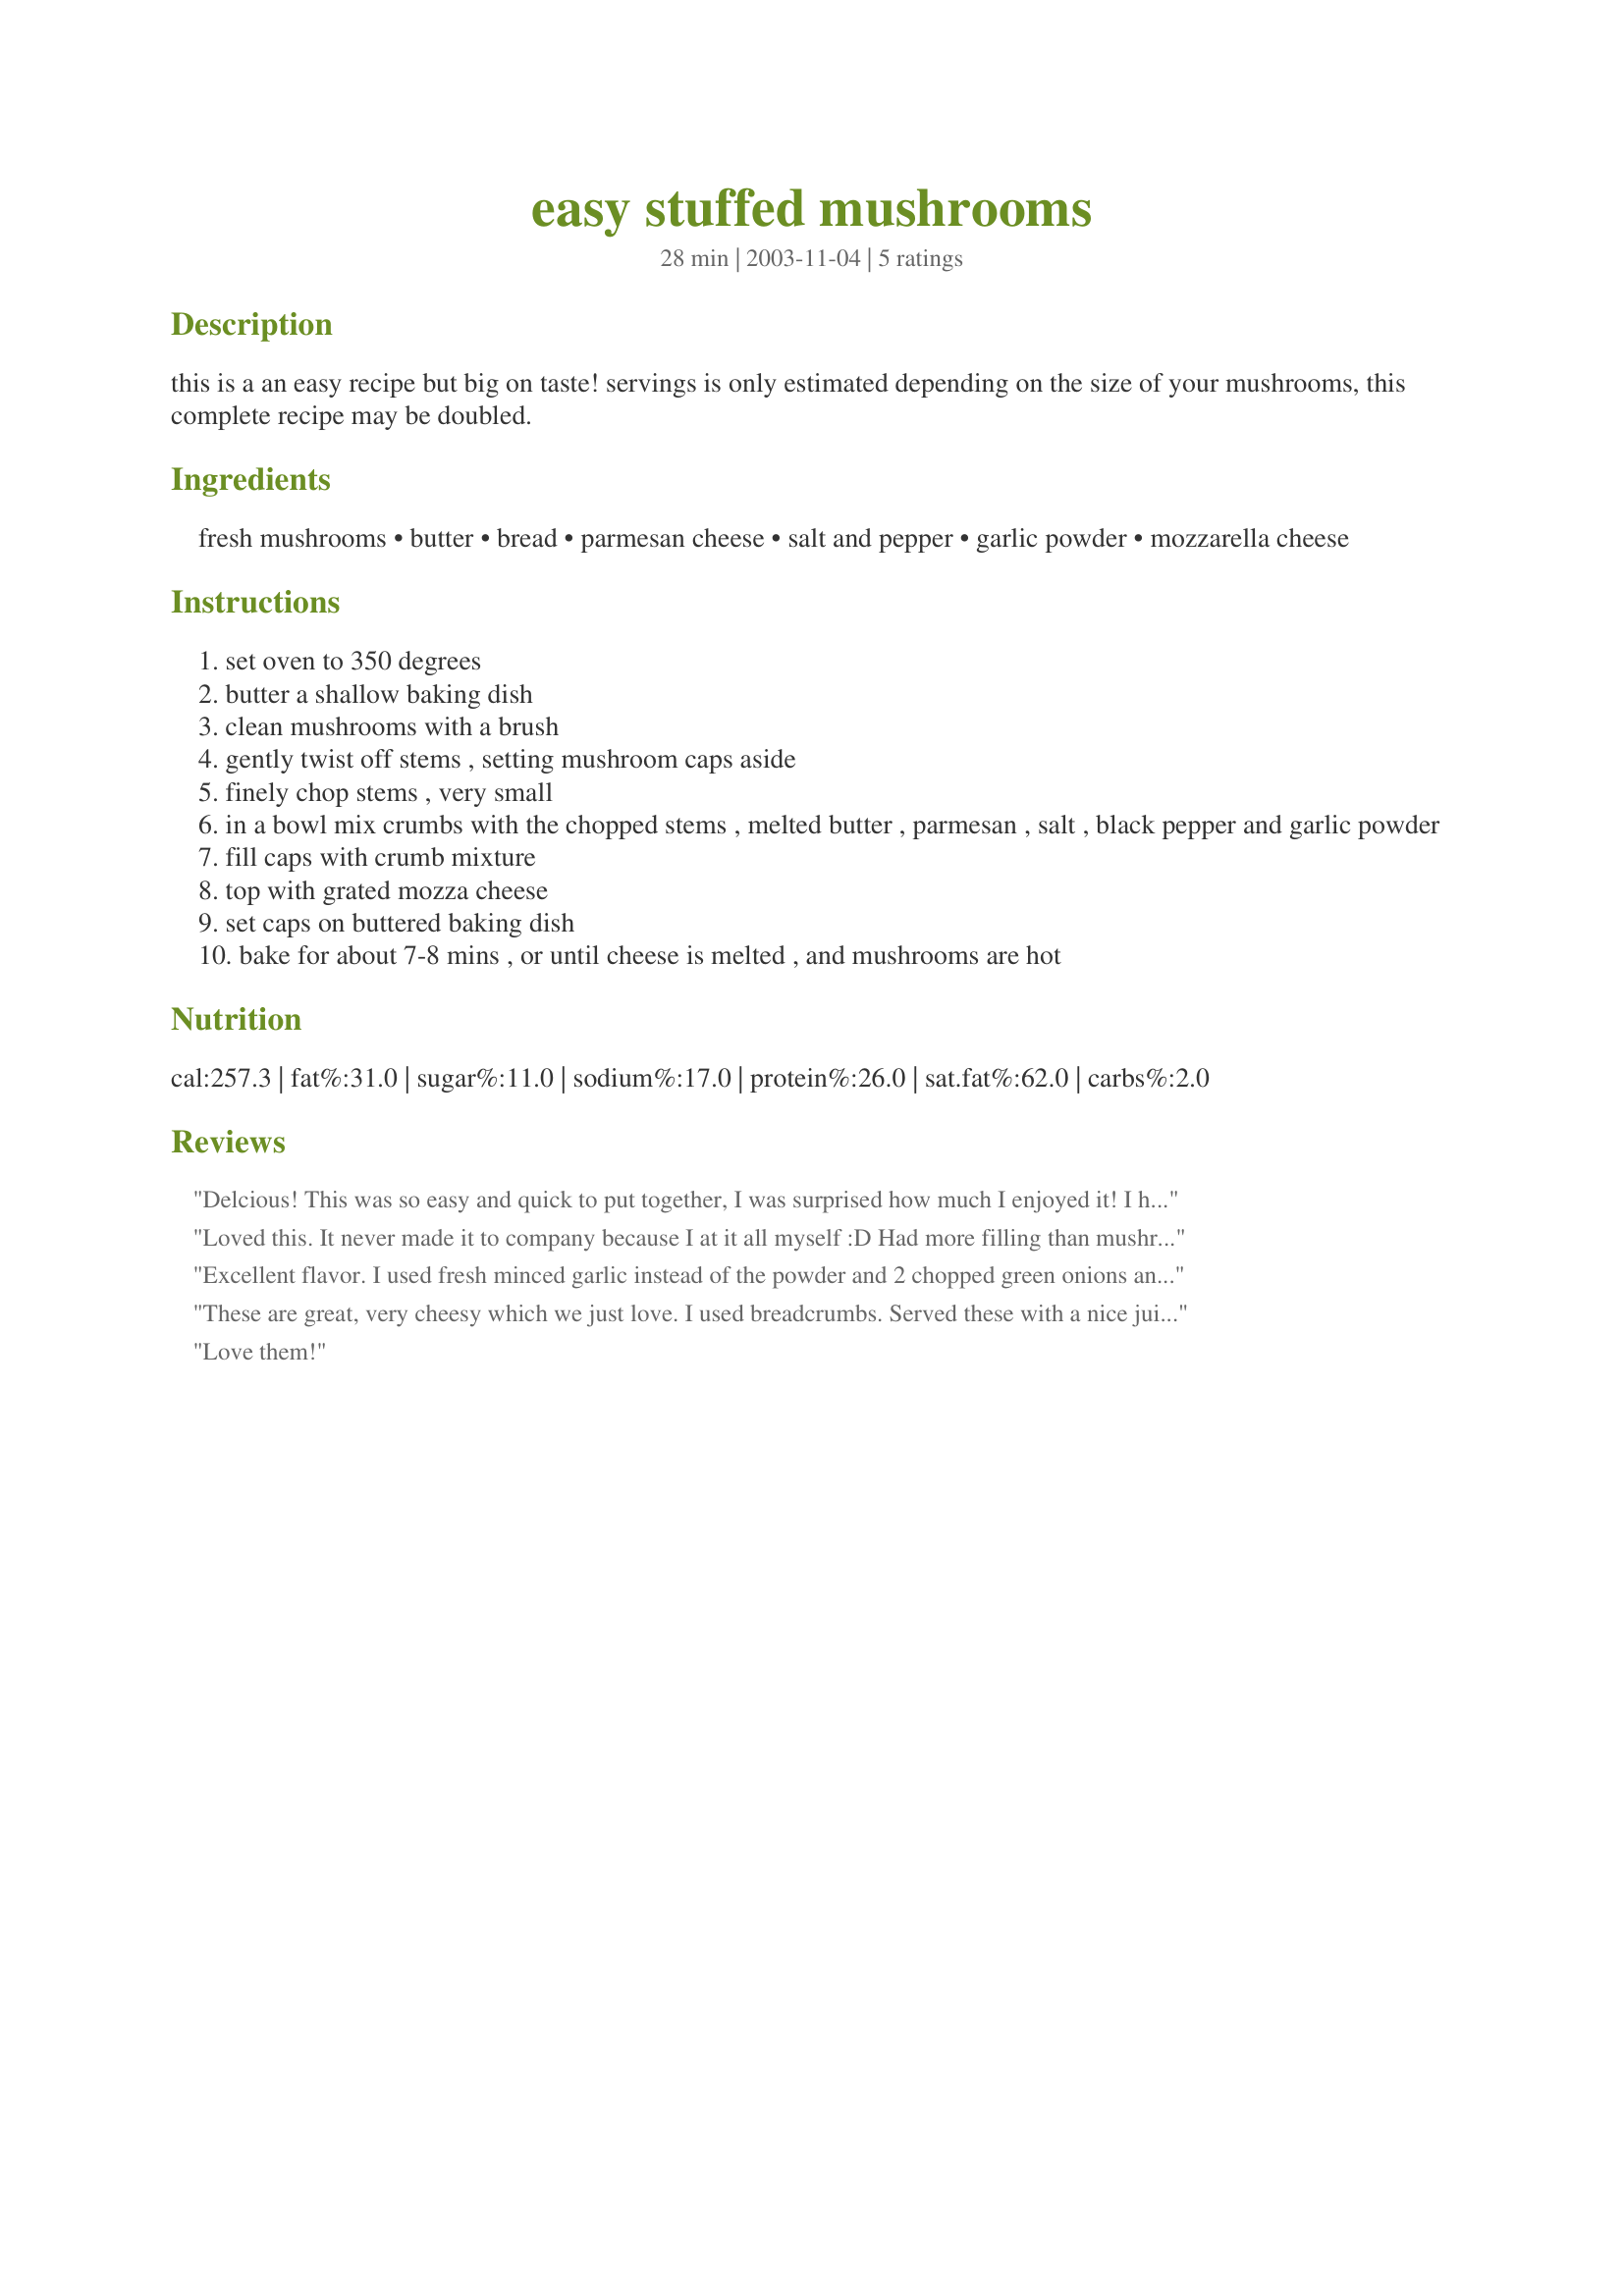
easy stuffed mushrooms
Preparation time: 28 minutes

this is a an easy recipe but big on taste! servings is only estimated depending on the size of your mushrooms, this complete recipe may be doubled.

Ingredients:
fresh mushrooms, butter, bread, parmesan cheese, salt and pepper, garlic powder, mozzarella cheese

Steps:
set oven to 350 degrees
butter a shallow baking dish
clean mushrooms with a brush
gently twist off stems , setting mushroom caps aside
finely chop stems , very small
in a bowl mix crumbs with the chopped stems , melted butter , parmesan , salt , black pepper and garlic powder
fill caps with crumb mixture
top with grated mozza cheese
set caps on buttered baking dish
bake for about 7-8 mins , or until cheese is melted , and mushrooms are hot

Reviews:
Delcious! This was so easy and quick to put together, I was surprised how much I enjoyed it! I halved the recipe, but won't next time. I cooked about 12 minutes. Thanks Kitten!
Loved this. It never made it to company because I at it all myself :D Had more filling than mushrooms, but the filling froze very well, and was just as good later!
Excellent flavor. I used fresh minced garlic instead of the powder and 2 chopped green onions and saute them in the butter before adding to the mixture. Served this with steak, rice and salad. Thanks Kitz for another great one.
These are great, very cheesy which we just love. I used breadcrumbs.
Served these with a nice juicy steak salad and baked potato. YUM!
Love them!
